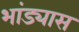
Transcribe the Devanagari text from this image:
भांड्यास